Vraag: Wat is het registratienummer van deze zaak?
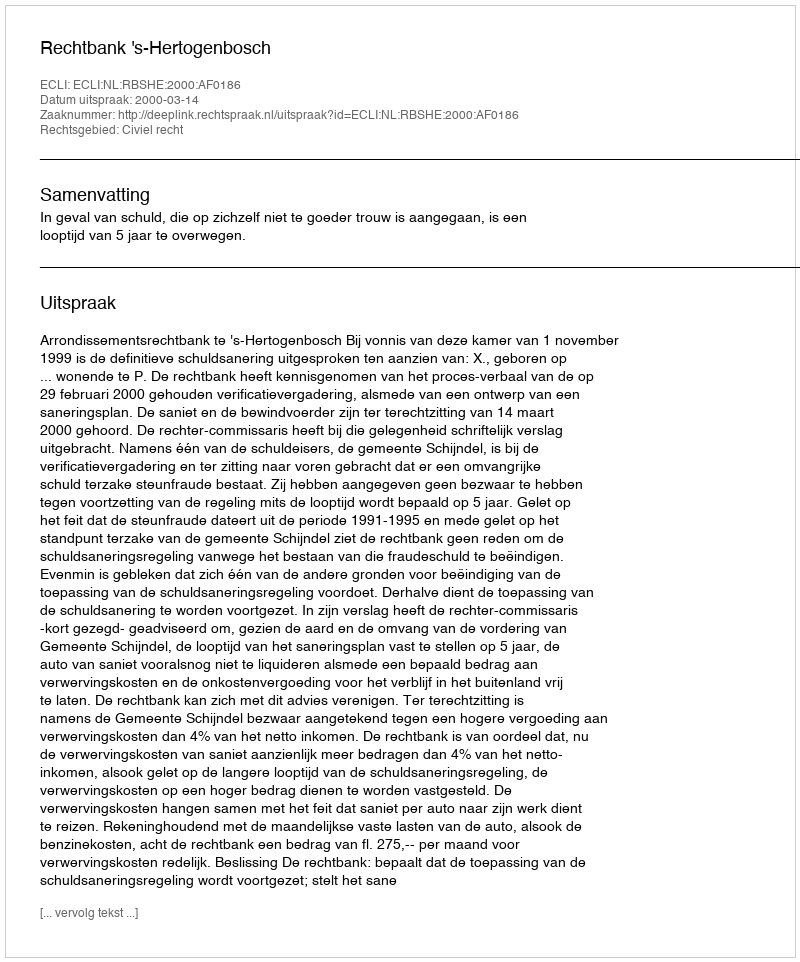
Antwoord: http://deeplink.rechtspraak.nl/uitspraak?id=ECLI:NL:RBSHE:2000:AF0186